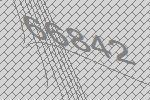
66842